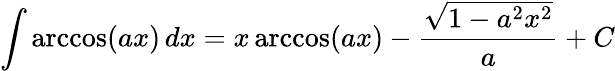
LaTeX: \int\operatorname{arccos}(ax)\, dx=x\operatorname{arccos}(ax)-{\frac{\sqrt{1-a^{2}x^{2}}}{a}}+C